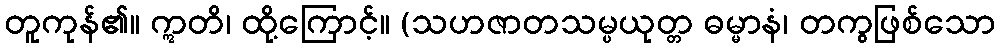
တူကုန်၏။ ဣတိ၊ ထို့ကြောင့်။ (သဟဇာတသမ္ပယုတ္တ ဓမ္မာနံ၊ တကွဖြစ်သော